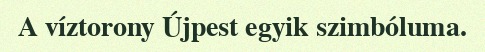
A víztorony Újpest egyik szimbóluma.